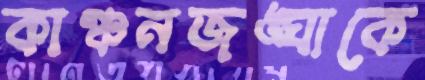
কাঞ্চনজঙ্ঘাকে